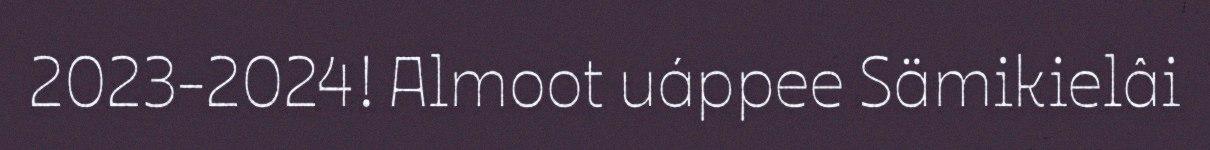
2023-2024! Almoot uáppee Sämikielâi